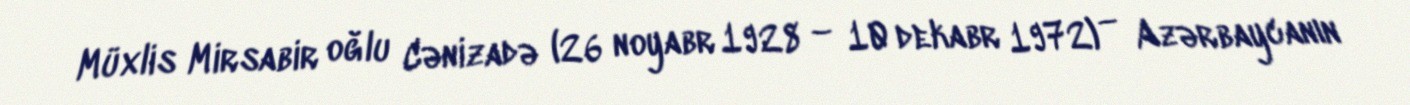
Müxlis Mirsabir oğlu Cənizadə (26 noyabr 1928 – 10 dekabr 1972) — Azərbaycanın